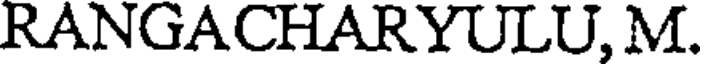
RANGACHARYULU, M.